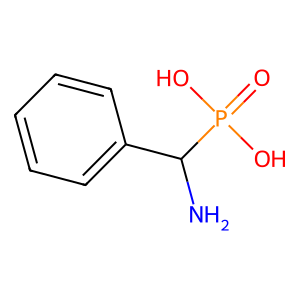
SMILES: NC(c1ccccc1)P(=O)(O)O
Inhibits HIV replication: No